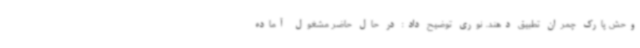
وحش پارک چمران تطبیق دهند. نوری توضیح داد: در حال حاضر مشغول آماده